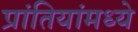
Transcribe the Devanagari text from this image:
प्रांतियांमध्ये